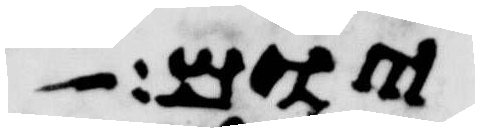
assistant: יום